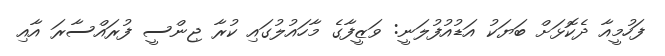
ފަހުމީއާ ދެކޮޅަށް ބަޔަކު އަޑުއުފުލަނީ: ވަޒީފާގެ މާހައުލުގައި ކުރާ ޖިންސީ ފުރައްސާރަ އާއި